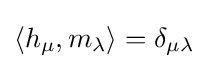
{\textstyle \langle h_{\mu },m_{\lambda }\rangle =\delta _{\mu \lambda }}